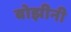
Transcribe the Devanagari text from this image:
बोझीनी